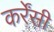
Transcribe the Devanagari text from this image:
कर्रेंसी